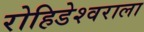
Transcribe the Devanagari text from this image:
रोहिडेश्वराला